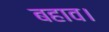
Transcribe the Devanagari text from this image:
बहाव।